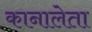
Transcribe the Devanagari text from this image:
कानालेता